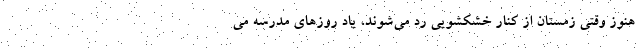
هنوز وقتی زمستان از کنار خشکشویی رد می‌شوند، یاد روزهای مدرسه می‌